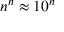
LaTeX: n ^ { n } \approx 1 0 ^ { n }